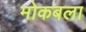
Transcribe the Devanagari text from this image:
मोकबला